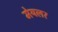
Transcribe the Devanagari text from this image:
मेयलर